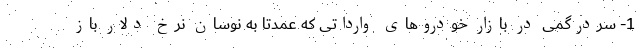
1- سردرگمی در بازار خودروهای وارداتی که عمدتا به نوسان نرخ دلار باز